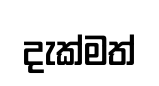
දැක්මත්